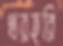
থরহরি